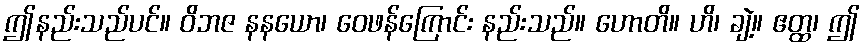
ဤနည်းသည်ပင်။ ဝိဘဇ နနယော၊ ဝေဖန်ကြောင်း နည်းသည်။ ဟောတိ။ ဟိ၊ ချဲ့။ ဧတ္ထ၊ ဤ